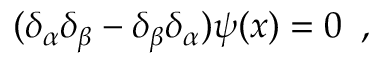
( \delta _ { \alpha } \delta _ { \beta } - \delta _ { \beta } \delta _ { \alpha } ) \psi ( x ) = 0 \, \, \, ,